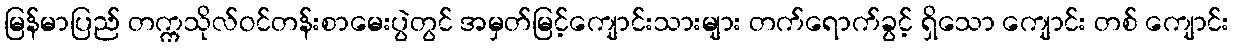
မြန်မာပြည် တက္ကသိုလ်ဝင်တန်းစာမေးပွဲတွင် အမှတ်မြင့်ကျောင်းသားများ တက်ရောက်ခွင့် ရှိသော ကျောင်း တစ် ကျောင်း